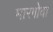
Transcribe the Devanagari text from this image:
मारगोवा